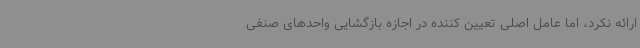
ارائه نکرد، اما عامل اصلی تعیین کننده در اجازه بازگشایی واحدهای صنفی